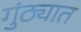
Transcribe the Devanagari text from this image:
गुंठ्यात